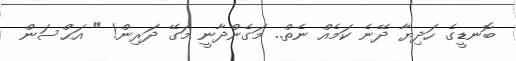
ބޮނޑީގެ ހަދިޔާ ދޭނެ ކަމެއް ނެތް.. މަގެންދާނީ މަގޭ ދަރިން! " އަޙްސަން